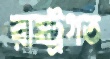
রাষ্ট্রগত